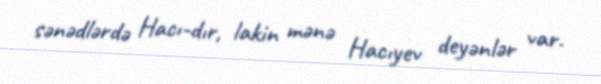
sənədlərdə Hacı-dır, lakin mənə Hacıyev deyənlər var.